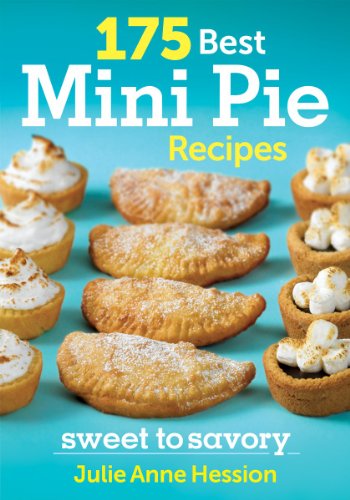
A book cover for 175 Best Mini Pie Recipes: Sweet to Savory; Julie Hession; Cookbooks, Food & Wine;